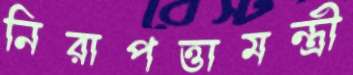
নিরাপত্তামন্ত্রী